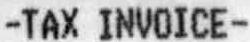
-TAX INVOICE-